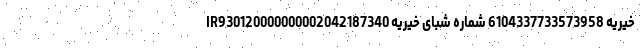
خیریه 6104337733573958 شماره شبای خیریه IR930120000000002042187340